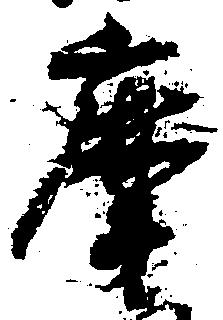
摩